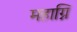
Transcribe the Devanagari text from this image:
महाग्नि